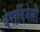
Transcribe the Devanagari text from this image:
बेरार्दिनेली